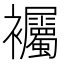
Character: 䙱